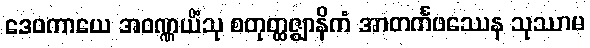
ဒေဝကာယေ အဝဏ္ဏယိံသု စတုတ္ထဇ္ဈာနိကံ အာတင်္ကဖဿေန သုဿာမ